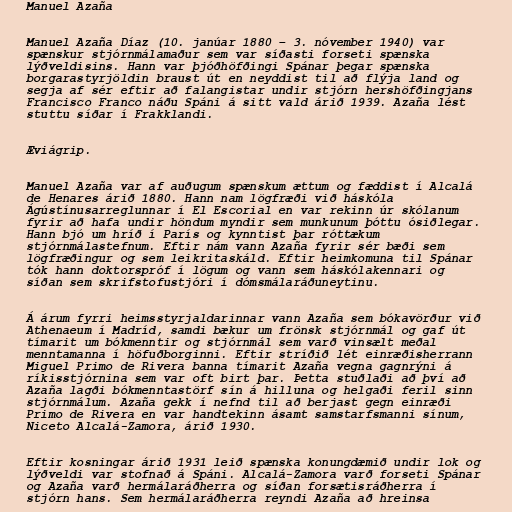
Manuel Azaña

Manuel Azaña Díaz (10. janúar 1880 – 3. nóvember 1940) var
spænskur stjórnmálamaður sem var síðasti forseti spænska
lýðveldisins. Hann var þjóðhöfðingi Spánar þegar spænska
borgarastyrjöldin braust út en neyddist til að flýja land og
segja af sér eftir að falangistar undir stjórn hershöfðingjans
Francisco Franco náðu Spáni á sitt vald árið 1939. Azaña lést
stuttu síðar í Frakklandi.

Æviágrip.

Manuel Azaña var af auðugum spænskum ættum og fæddist í Alcalá
de Henares árið 1880. Hann nam lögfræði við háskóla
Ágústínusarreglunnar í El Escorial en var rekinn úr skólanum
fyrir að hafa undir höndum myndir sem munkunum þóttu ósiðlegar.
Hann bjó um hríð í París og kynntist þar róttækum
stjórnmálastefnum. Eftir nám vann Azaña fyrir sér bæði sem
lögfræðingur og sem leikritaskáld. Eftir heimkomuna til Spánar
tók hann doktorspróf í lögum og vann sem háskólakennari og
síðan sem skrifstofustjóri í dómsmálaráðuneytinu.

Á árum fyrri heimsstyrjaldarinnar vann Azaña sem bókavörður við
Athenaeum í Madríd, samdi bækur um frönsk stjórnmál og gaf út
tímarit um bókmenntir og stjórnmál sem varð vinsælt meðal
menntamanna í höfuðborginni. Eftir stríðið lét einræðisherrann
Miguel Primo de Rivera banna tímarit Azaña vegna gagnrýni á
ríkisstjórnina sem var oft birt þar. Þetta stuðlaði að því að
Azaña lagði bókmenntastörf sín á hilluna og helgaði feril sinn
stjórnmálum. Azaña gekk í nefnd til að berjast gegn einræði
Primo de Rivera en var handtekinn ásamt samstarfsmanni sínum,
Niceto Alcalá-Zamora, árið 1930.

Eftir kosningar árið 1931 leið spænska konungdæmið undir lok og
lýðveldi var stofnað á Spáni. Alcalá-Zamora varð forseti Spánar
og Azaña varð hermálaráðherra og síðan forsætisráðherra í
stjórn hans. Sem hermálaráðherra reyndi Azaña að hreinsa